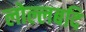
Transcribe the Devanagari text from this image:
लोल्लबदि